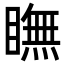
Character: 瞴